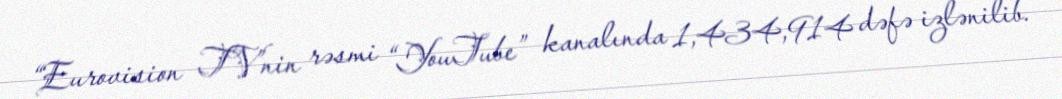
“Eurovision TV”nin rəsmi “YouTube” kanalında 1,434,914 dəfə izlənilib.